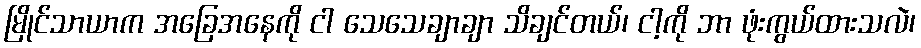
မြိုင်သာယာက အခြေအနေကို ငါ သေသေချာချာ သိချင်တယ်၊ ငါ့ကို ဘာ ဖုံးကွယ်ထားသလဲ၊